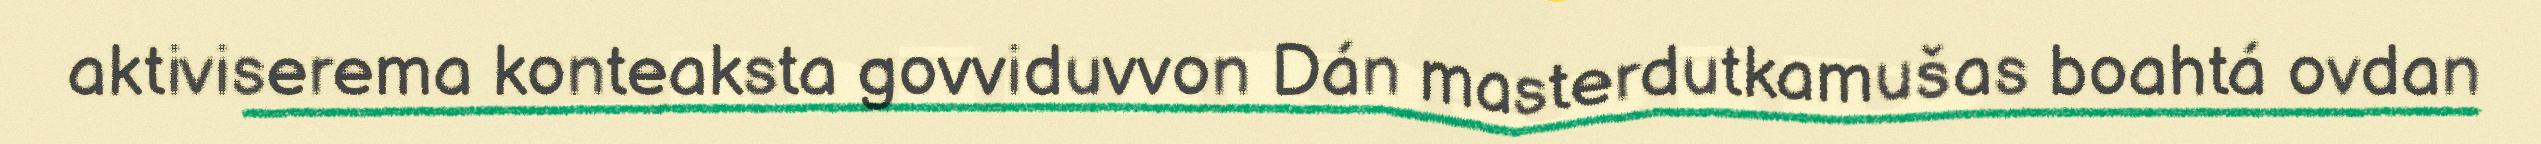
aktiviserema konteaksta govviduvvon Dán masterdutkamušas boahtá ovdan